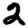
Digit: 2